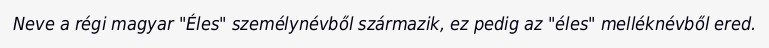
Neve a régi magyar "Éles" személynévből származik, ez pedig az "éles" melléknévből ered.